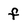
Character: f